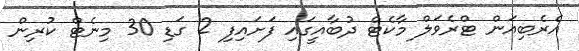
އެރެބިއަން ޓްރެވަލް މާކެޓް ދުބާއީގައި ފަށައިފި 2 ގަޑި 30 މިނެޓް ކުރިން